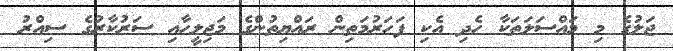
ޖަލުގެ މި މައްސަލަތަކާ ހެދި އެކި ފަހަރުމަތިން ރައްޔިތުންގެ މަޖިލީހާއި ސަރުކާރުގެ ސިއްރު